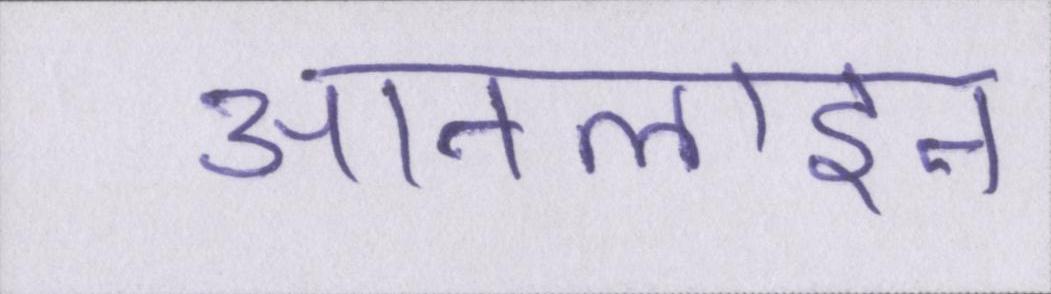
आनलाइन